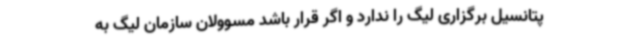
پتانسیل برگزاری لیگ را ندارد و اگر قرار باشد مسوولان سازمان لیگ به